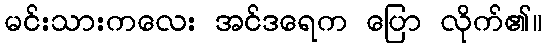
မင်းသားကလေး အင်ဒရေက ပြော လိုက်၏။